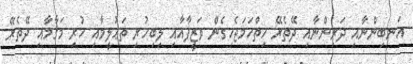
އަނބިންނާއި ދަރިންނާއި ދޭތެރޭ ހިތްހަމަޖެހިގެން ވަޒީފާއާއި ލިބިހުރި ތަޢުލީމާއި ހުރި މަޤާމާއި ދޭތެރޭ